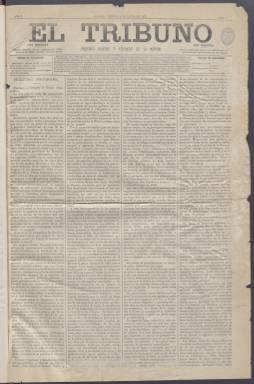
Título: El Tribuno (Madrid. 1879)
Colección: Periódicos
Ámbito geográfico: Madrid
Lugar de publicación: Madrid
Fechas: 09/05/1879-31/12/1879